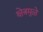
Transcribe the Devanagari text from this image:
क्षेत्रमुळे